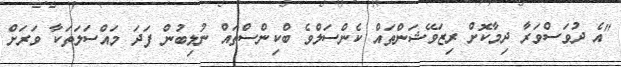
"އެ ދުވަސްވަރާ ދިމާކޮށް ރިޒަވޭޝަންތައް ކެންސަލްވެ ބްކިންސްތައް ނުލިބުން ފަދަ މައްސަލަތަކާ ވަރަށް